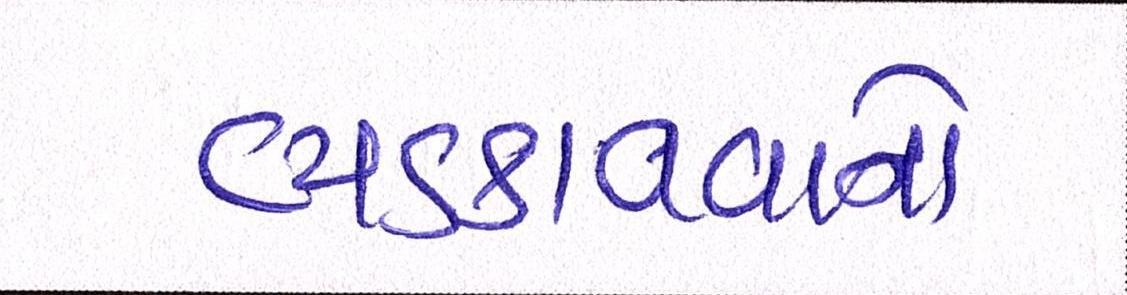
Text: ભડકાવવાનો